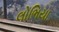
લોભિયા